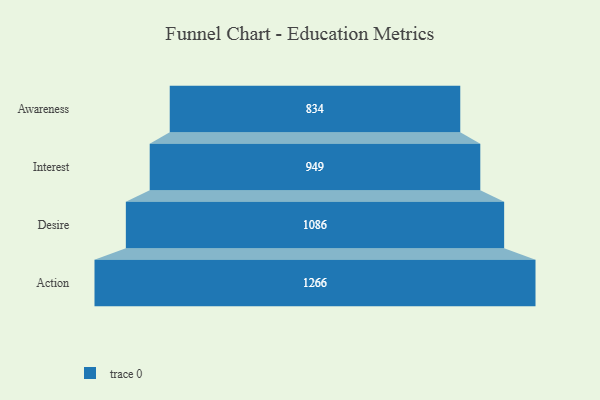
{"axis": {"x": "Stage", "y": "Value"}, "legend": [""], "data": [{"x": "Awareness", "y": 834.0, "type": ""}, {"x": "Interest", "y": 949.0, "type": ""}, {"x": "Desire", "y": 1086.0, "type": ""}, {"x": "Action", "y": 1266.0, "type": ""}]}